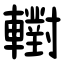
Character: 轛